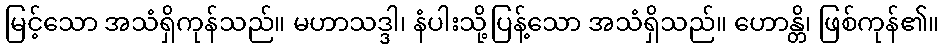
မြင့်သော အသံရှိကုန်သည်။ မဟာသဒ္ဒါ၊ နံပါးသို့ပြန့်သော အသံရှိသည်။ ဟောန္တိ၊ ဖြစ်ကုန်၏။